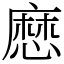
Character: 㦄